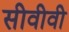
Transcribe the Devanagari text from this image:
सीवीवी